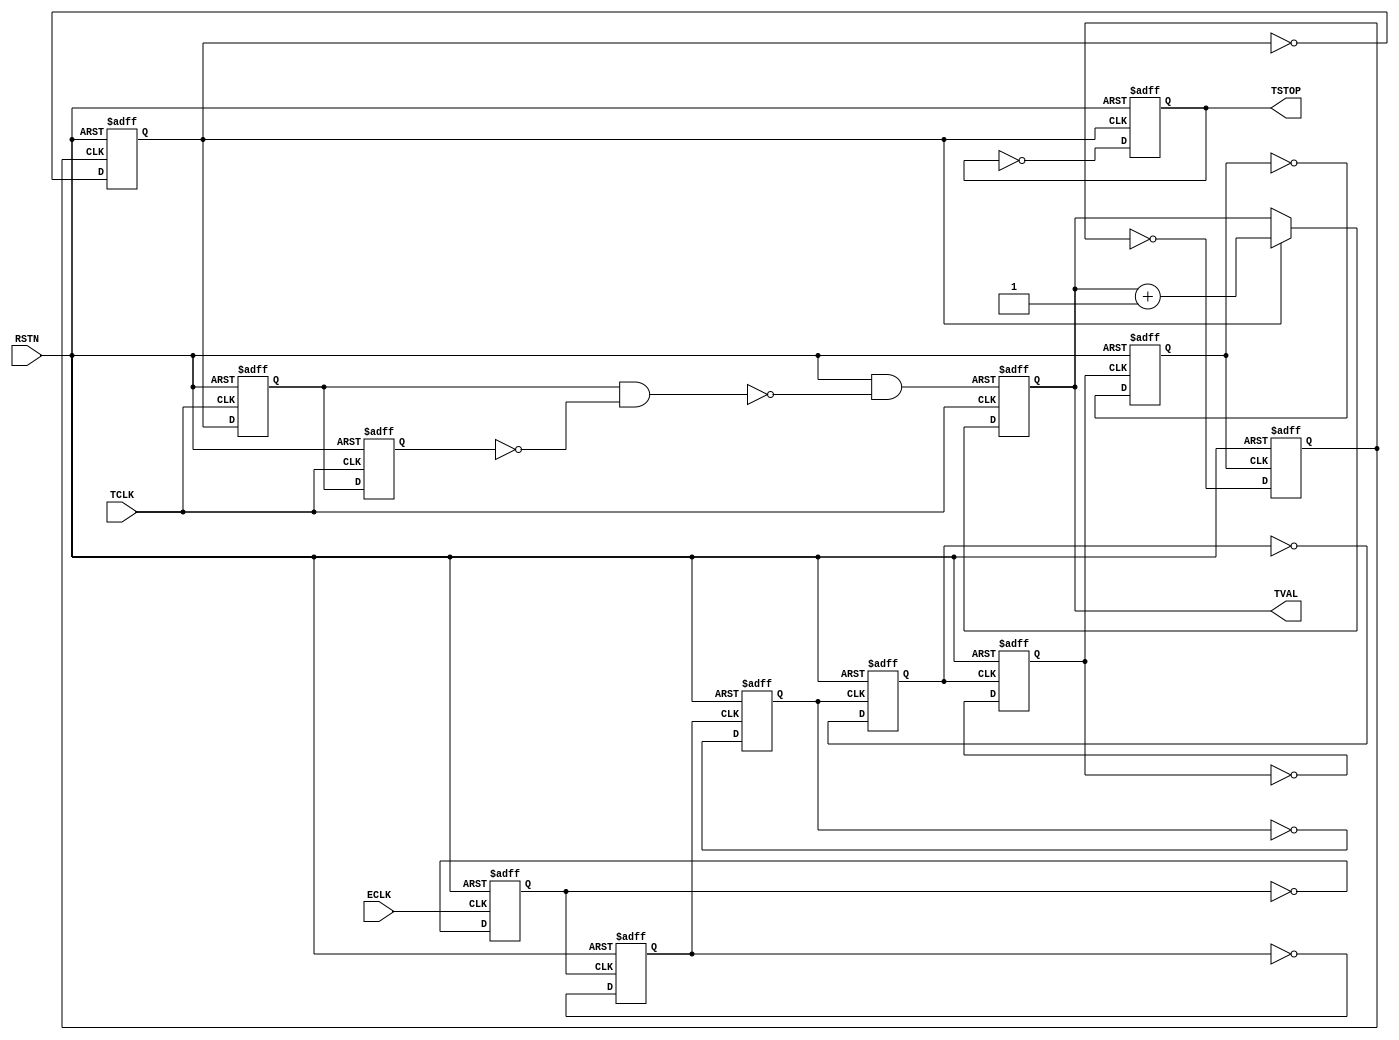
`timescale 1ns/1ns
`define UDLY #2

module TMON(
                //inputs
                RSTN,
                ECLK,
                TCLK,
                
                //outputs
                TSTOP,
                TVAL,
            );
            
    //inputs
    input              RSTN;
    input              ECLK;
    input              TCLK;
                       
    //ouputs           
    output             TSTOP;
    output   [15:0]    TVAL;
    
    //regs
    reg                TSTOP;
    reg      [15:0]    TVAL;
    reg                PCLKA;
    reg                PCLKB;
    reg                PCLKC;
    reg                PCLKD;
    reg                NCLKA;
    reg                NCLKB;
    reg                NCLKC;
    reg                NCLKD;
    reg                TENBA;
    reg                TENBB;
    
    //wires
    wire               TRST;
    wire               TEN;
    
    
    
    //****************************************//
    
    always @(negedge ECLK or negedge RSTN)
    begin
        if(!RSTN)
            NCLKA<=`UDLY 1'b0;
        else
            NCLKA<=`UDLY ~NCLKA;
    end
    
    always @(negedge NCLKA or negedge RSTN)
    begin
        if(!RSTN)
            NCLKB<=`UDLY 1'b0;
        else
            NCLKB<=`UDLY ~NCLKB;
    end
    
    always @(negedge NCLKB or negedge RSTN)
    begin
        if(!RSTN)
            NCLKC<=`UDLY 1'b0;
        else
            NCLKC<=`UDLY ~NCLKC;
    end
    
    always @(negedge NCLKC or negedge RSTN)
    begin
        if(!RSTN)
            NCLKD<=`UDLY 1'b0;
        else
            NCLKD<=`UDLY ~NCLKD;
    end
    
    always @(posedge NCLKD or negedge RSTN)
    begin
        if(!RSTN)
            PCLKA<=`UDLY 1'b0;
        else
            PCLKA<=`UDLY ~PCLKA;
    end
    
    always @(posedge PCLKA or negedge RSTN)
    begin
        if(!RSTN)
            PCLKB<=`UDLY 1'b0;
        else
            PCLKB<=`UDLY ~PCLKB;
    end
    
    always @(posedge PCLKB or negedge RSTN)
    begin
        if(!RSTN)
            PCLKC<=`UDLY 1'b0;
        else
            PCLKC<=`UDLY ~PCLKC;
    end
    
    always @(posedge PCLKC or negedge RSTN)
    begin
        if(!RSTN)
            PCLKD<=`UDLY 1'b0;
        else
            PCLKD<=`UDLY ~PCLKD;
    end   
    
    //****************************************//
    
    always @(posedge TCLK or negedge RSTN)
    begin
        if(!RSTN)
            TENBA<=`UDLY 1'b0;
        else
            TENBA<=`UDLY PCLKD;
    end
    
    always @(negedge TCLK or negedge RSTN)
    begin
        if(!RSTN)
            TENBB<=`UDLY 1'b0;
        else
            TENBB<=`UDLY TENBA;
    end
    
    assign TRST=RSTN&~(TENBA&~TENBB);
    
    always @(negedge PCLKD or negedge RSTN)
    begin
        if(!RSTN)
            TSTOP<=`UDLY 1'b0;
        else
            TSTOP<=`UDLY ~TSTOP;
    end
    
    assign TEN=PCLKD;
    
    always @(posedge TCLK or negedge TRST)
    begin
        if(!TRST)
            TVAL<=`UDLY 1'b0;
        else if(TEN)
            TVAL<=`UDLY TVAL+1'b1;
        else
            TVAL<=`UDLY TVAL;
    end
    
    
endmodule